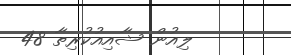
ލިއުން ޝާއިއުކުރިތާ 48